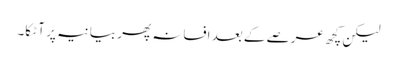
لیکن کچھ عرصے کے بعد افسانہ پھر بیانیہ پر آ ٹکا۔